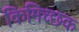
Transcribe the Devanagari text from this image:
किमिच्छक